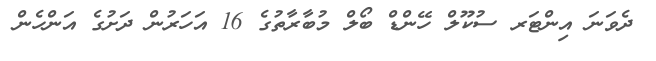
ދެވަނަ އިންޓަރ ސުކޫލް ހޭންޑް ބޯލް މުބާރާތުގެ 16 އަހަރުން ދަށުގެ އަންހެން